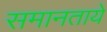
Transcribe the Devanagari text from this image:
समानताये